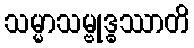
သမ္မာသမ္ဗုဒ္ဓဿာတိ